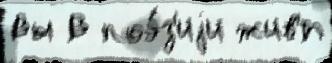
Вы В поэ́з'иjи жив'́т